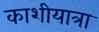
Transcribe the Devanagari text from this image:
काशीयात्रा